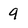
Character: 9